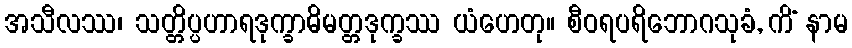
အသီလဿ၊ သတ္တိပ္ပဟာရဒုက္ခာဓိမတ္တဒုက္ခဿ ယံဟေတု။ စီဝရပရိဘောဂသုခံ, ကိံ နာမ